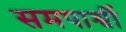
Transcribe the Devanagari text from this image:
समपार्श्वी